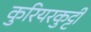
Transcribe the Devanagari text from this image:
कुरियरकुट्टी